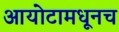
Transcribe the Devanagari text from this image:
आयोटामधूनच